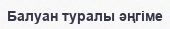
Балуан туралы әңгіме